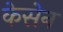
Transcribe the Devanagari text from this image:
केसेन